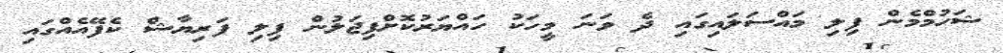
ޝަހުމްމެން ފިލި މައްސަލައިގައި ދެ ވަނަ މީހަކު ހައްޔަރުކޮށްފިޖަލުން ފިލި ފަރިޔާޝް ކެފޭއެއްގައި